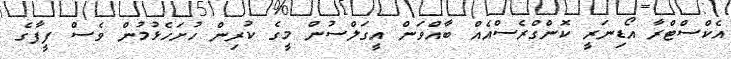
އެކްސްޓްރާ އޯޑިނަރީ ކޮންގްރެސްއެއް ބާއްވަން އީގަލްސުން މީގެ ކުރިން ހުށަހެޅުމުން ވެސް ފީފާގެ